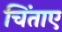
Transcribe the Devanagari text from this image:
चिंताए